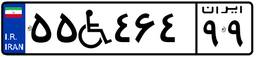
۵۵W۴۶۴۹۹